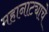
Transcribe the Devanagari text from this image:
महानाट्याचे